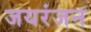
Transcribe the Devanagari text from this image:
जयरंजन